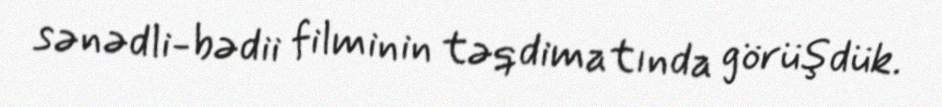
sənədli-bədii filminin təqdimatında görüşdük.